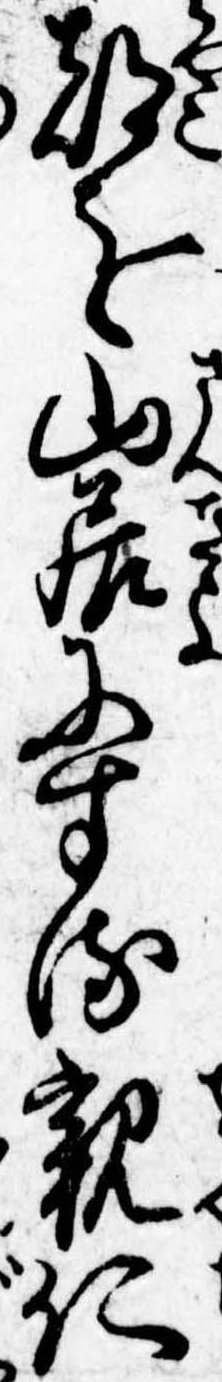
都を山居にする親仁